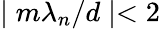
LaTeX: \mid m\lambda_{n}/d\mid<2